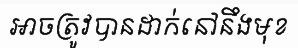
អាចត្រូវបានដាក់នៅនឹងមុខ